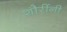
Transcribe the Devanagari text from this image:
शौरींनी